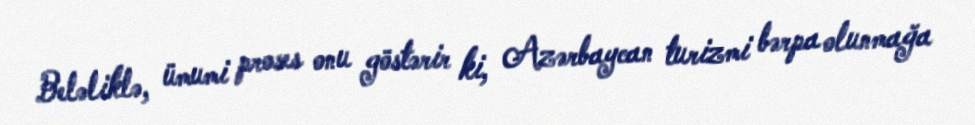
Beləliklə, ümumi proses onu göstərir ki, Azərbaycan turizmi bərpa olunmağa